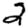
Digit: 2